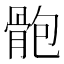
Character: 骲